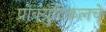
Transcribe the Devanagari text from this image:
प्रोक्युटिकलचे